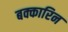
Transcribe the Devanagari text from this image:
बक्कारिन